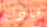
قيادتها